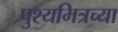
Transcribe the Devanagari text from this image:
पुश्यमित्रच्या